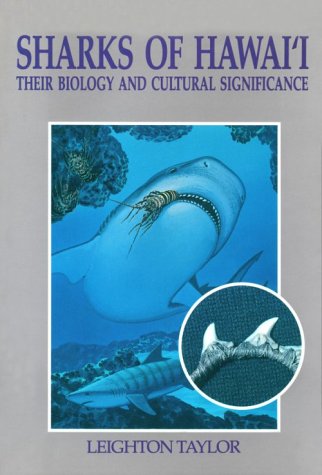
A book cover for Sharks of Hawai'i: Their Biology And Cultural Significance; Leighton R. Taylor; Sports & Outdoors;